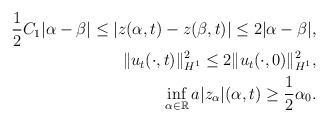
LaTeX: \begin{align*} \frac{1}{2}C_1|\alpha-\beta|\leq |z(\alpha,t)-z(\beta,t)|\leq 2|\alpha-\beta|,\\ \|u_t(\cdot,t)\|_{H^1}^2\leq 2\|u_t(\cdot,0)\|_{H^1}^2,\\ \inf_{\alpha\in \mathbb{R}}a|z_{\alpha}|(\alpha,t)\geq \frac{1}{2}\alpha_0. \end{align*}